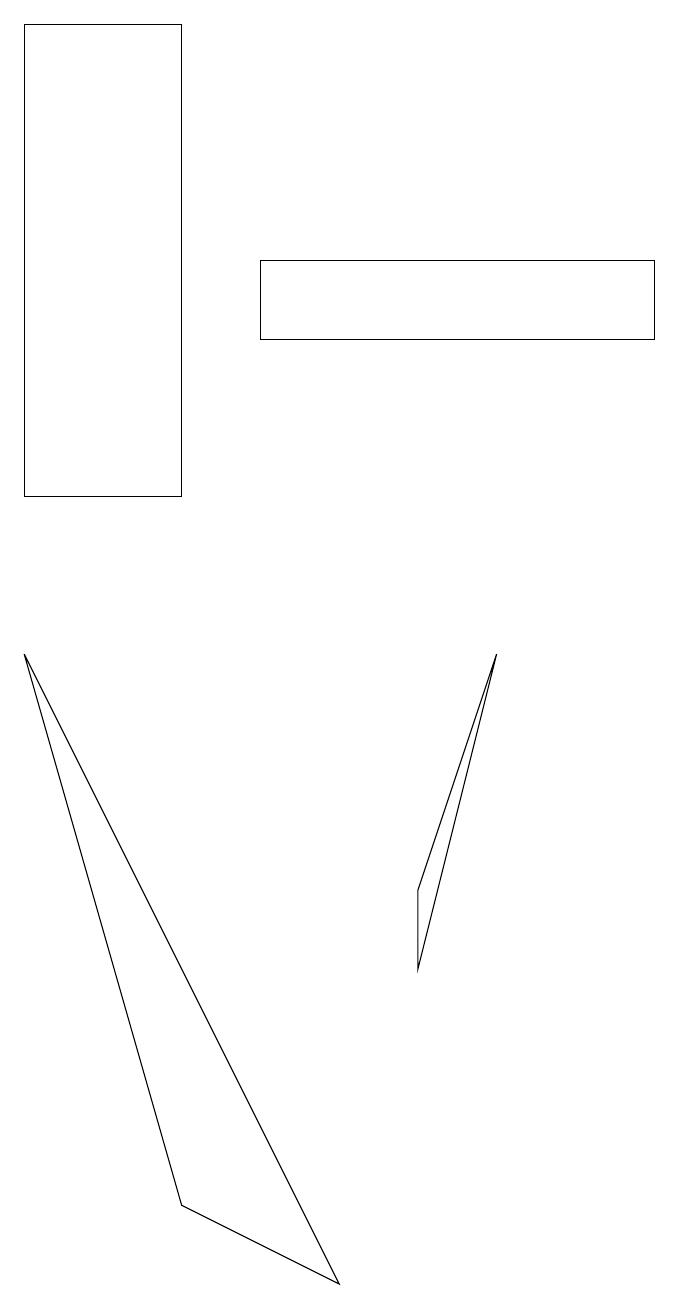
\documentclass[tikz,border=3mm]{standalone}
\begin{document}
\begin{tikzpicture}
\draw (3,16) rectangle (1,10);
\draw (4,12) rectangle (9,13);
\draw (7,8) -- (6,5) -- (6,4) -- cycle;
\draw (1,8) -- (3,1) -- (5,0) -- cycle;
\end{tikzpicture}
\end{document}